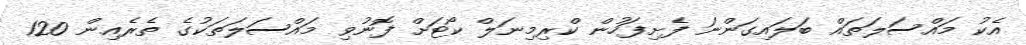
އެކު މައްސަލަތައް ބަލައިގަންނަ ފެށިފަހުން ކްރިމިނަލް ކޯޓަށް ފޮނުވި މައްސަލަތަކުގެ ތެރެއިން 120